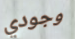
وجودي